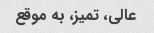
عالی، تمیز، به موقع